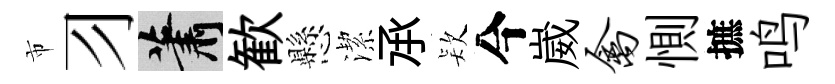
市习蕭歓懸潔𠄘𣣇今崴禽惻摭鸣